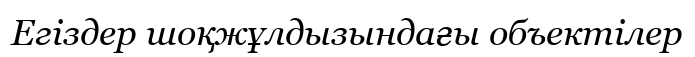
Егіздер шоқжұлдызындағы объектілер